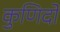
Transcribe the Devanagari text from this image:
कुणिदों